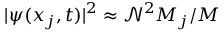
| \boldsymbol { \psi } ( x _ { j } , t ) | ^ { 2 } \approx \mathcal { N } ^ { 2 } M _ { j } / M